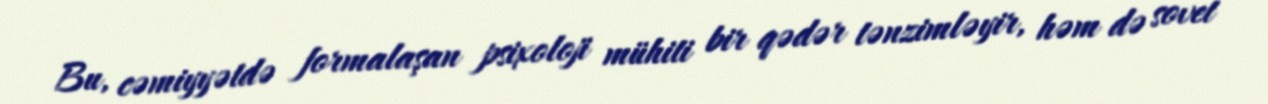
Bu, cəmiyyətdə formalaşan psixoloji mühiti bir qədər tənzimləyir, həm də sovet